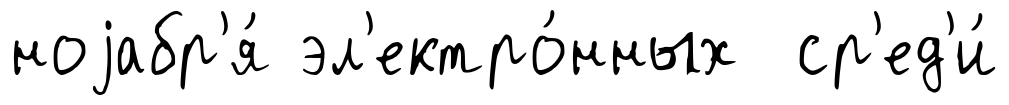
ноjабр'я́ эл'ектро́нных ср'ед'и́